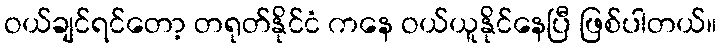
ဝယ်ချင်ရင်တော့ တရုတ်နိုင်ငံ ကနေ ဝယ်ယူနိုင်နေပြီ ဖြစ်ပါတယ်။